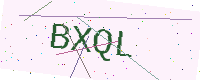
Text: BXQL